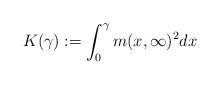
LaTeX: \begin{align*}K(\gamma) := \int_{0}^{\gamma}m(x,\infty)^2dx \end{align*}